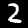
Label: 2